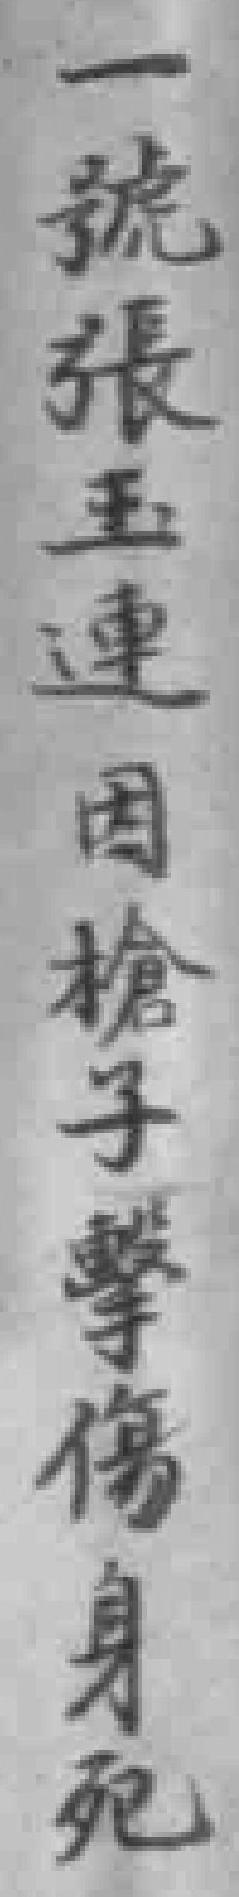
一號張玉連因槍子擊傷身死